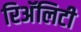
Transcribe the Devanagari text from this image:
रिअॅलिटी